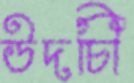
উদচিী